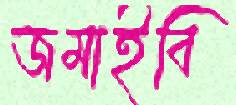
জমাইবি